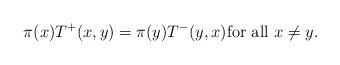
LaTeX: \begin{align*} \pi(x) T^{+}(x,y) = \pi(y) T^{-}(y,x) \mbox{for all $x \neq y$.}\end{align*}